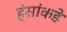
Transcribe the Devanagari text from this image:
हंसांकडे